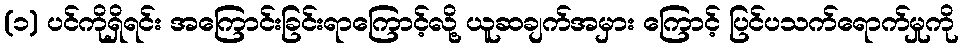
(၁) ပင်ကိုရှိရင်း အကြောင်းခြင်းရာကြောင့်လို့ ယူဆချက်အမှား ကြောင့် ပြင်ပသက်ရောက်မှုကို